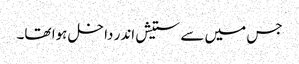
جس میں سے ستیش اندر داخل ہوا تھا۔